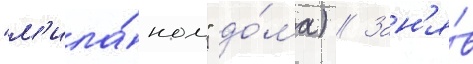
"м'ила́ном" до́ма) // Зан'я́в